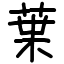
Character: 𫟒